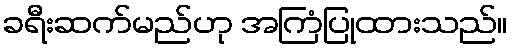
ခရီးဆက်မည်ဟု အကြံပြုထားသည်။